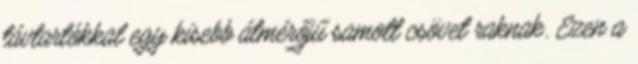
távtartókkal egy kisebb átmérőjű samott csövet raknak. Ezen a